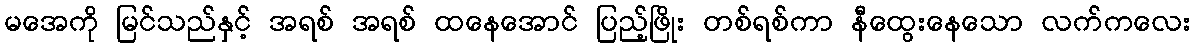
မအေကို မြင်သည်နှင့် အရစ် အရစ် ထနေအောင် ပြည့်ဖြိုး တစ်ရစ်ကာ နီထွေးနေသော လက်ကလေး